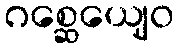
ဂစ္ဆေယျေဝ